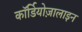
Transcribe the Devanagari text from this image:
कॉर्डियोज़ालाइन